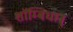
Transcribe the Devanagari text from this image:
शाॅम्बिधान्